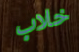
خلاب